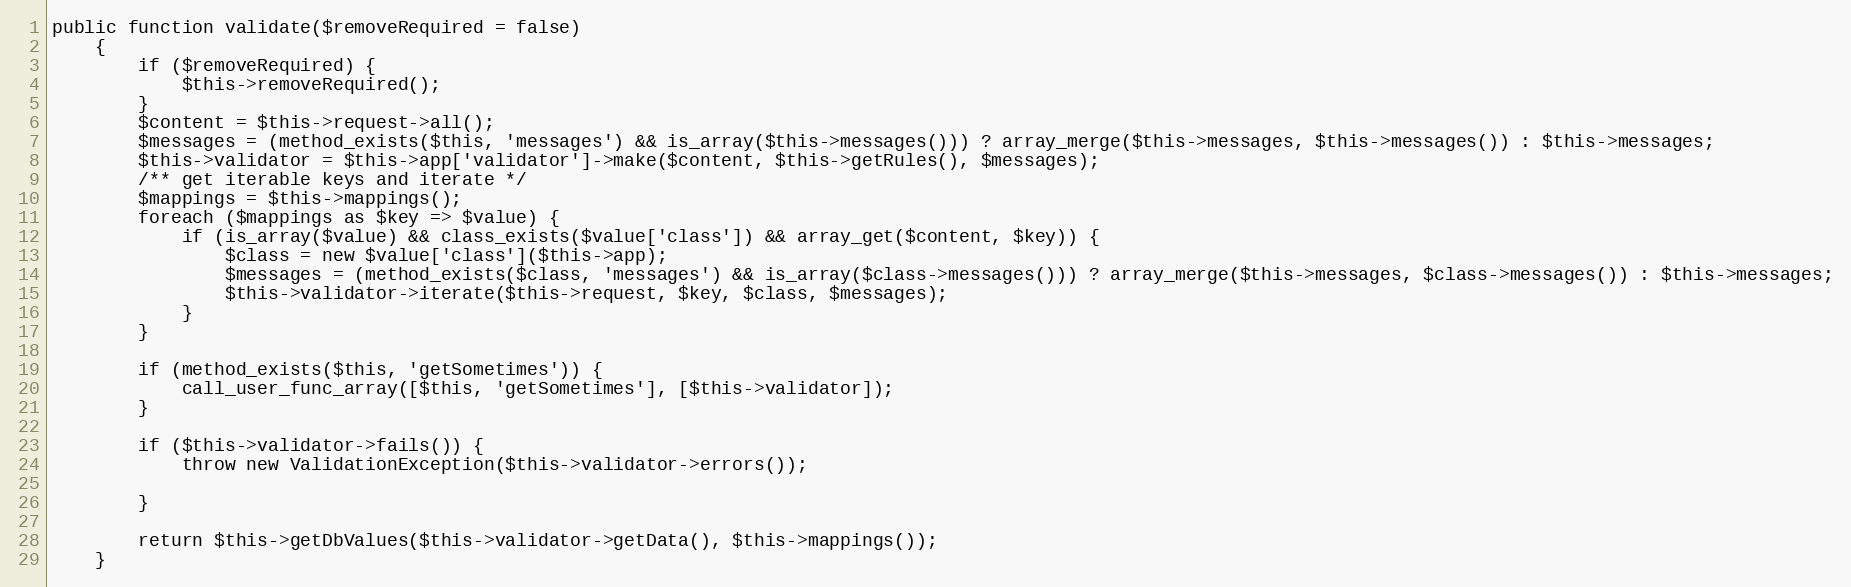
Language: PHP
public function validate($removeRequired = false)
    {
        if ($removeRequired) {
            $this->removeRequired();
        }
        $content = $this->request->all();
        $messages = (method_exists($this, 'messages') && is_array($this->messages())) ? array_merge($this->messages, $this->messages()) : $this->messages;
        $this->validator = $this->app['validator']->make($content, $this->getRules(), $messages);
        /** get iterable keys and iterate */
        $mappings = $this->mappings();
        foreach ($mappings as $key => $value) {
            if (is_array($value) && class_exists($value['class']) && array_get($content, $key)) {
                $class = new $value['class']($this->app);
                $messages = (method_exists($class, 'messages') && is_array($class->messages())) ? array_merge($this->messages, $class->messages()) : $this->messages;
                $this->validator->iterate($this->request, $key, $class, $messages);
            }
        }

        if (method_exists($this, 'getSometimes')) {
            call_user_func_array([$this, 'getSometimes'], [$this->validator]);
        }

        if ($this->validator->fails()) {
            throw new ValidationException($this->validator->errors());

        }

        return $this->getDbValues($this->validator->getData(), $this->mappings());
    }